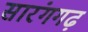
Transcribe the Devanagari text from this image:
सारंगगढ़